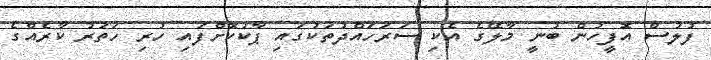
ފުލުސް އޮފީހުން ބުނީ މާލޭގެ އެކި ސަރަހައްދުތަކުގައި ޕާކުކޮށްފައި ހުރި ހަތަރު ކާރެއްގެ